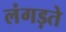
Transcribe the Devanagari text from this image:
लंगड़ते